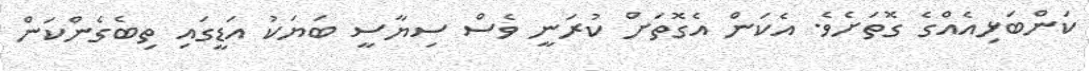
ކަންބަޅިއެއްގެ ގޮތަށެވެ. އެކަން އެގޮތަށް ކުރަނީ ވެސް ސިޔާސީ ބަޔަކު އަޑީގައި ތިބެގެންކަން